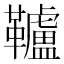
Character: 𩍼